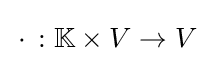
\,\cdot \,:\mathbb {K} \times V\to V